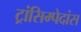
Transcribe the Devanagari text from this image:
ट्रांसिम्पेदांस